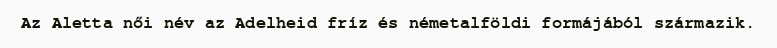
Az Aletta női név az Adelheid fríz és németalföldi formájából származik.